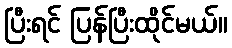
ပြီးရင် ပြန်ပြီးထိုင်မယ်။